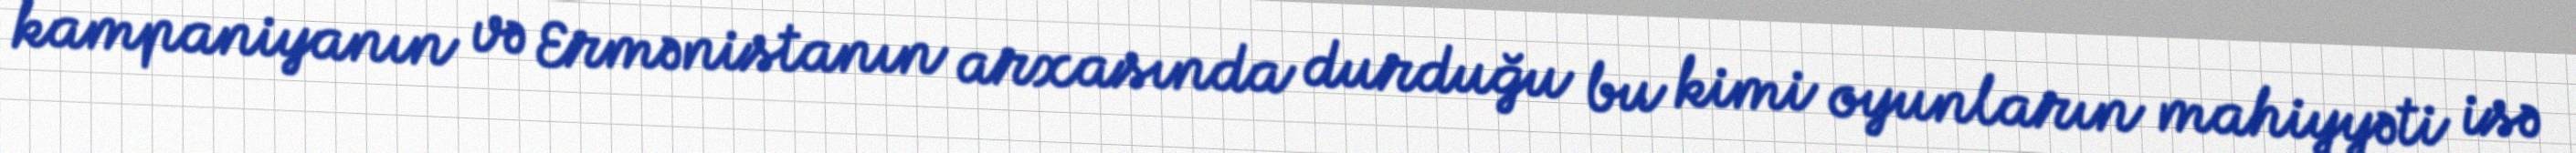
kampaniyanın və Ermənistanın arxasında durduğu bu kimi oyunların mahiyyəti isə